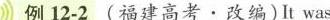
例12-2(福建高考.改编)It was